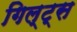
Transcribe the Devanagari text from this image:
गिल्ट्स